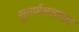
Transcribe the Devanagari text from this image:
सुवर्णशलाका